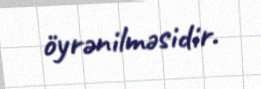
öyrənilməsidir.